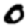
Digit: 0